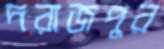
দরাজপুর